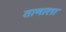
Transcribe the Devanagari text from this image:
ताणाला